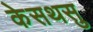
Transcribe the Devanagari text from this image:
केसथसु